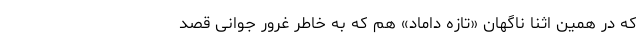
که در همین اثنا ناگهان «تازه داماد» هم که به خاطر غرور جوانی قصد